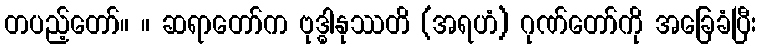
တပည့်တော်။ ။ ဆရာတော်က ဗုဒ္ဓါနုဿတိ (အရဟံ) ဂုဏ်တော်ကို အခြေခံပြီး